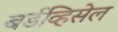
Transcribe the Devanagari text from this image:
बर्डव्हिसेल